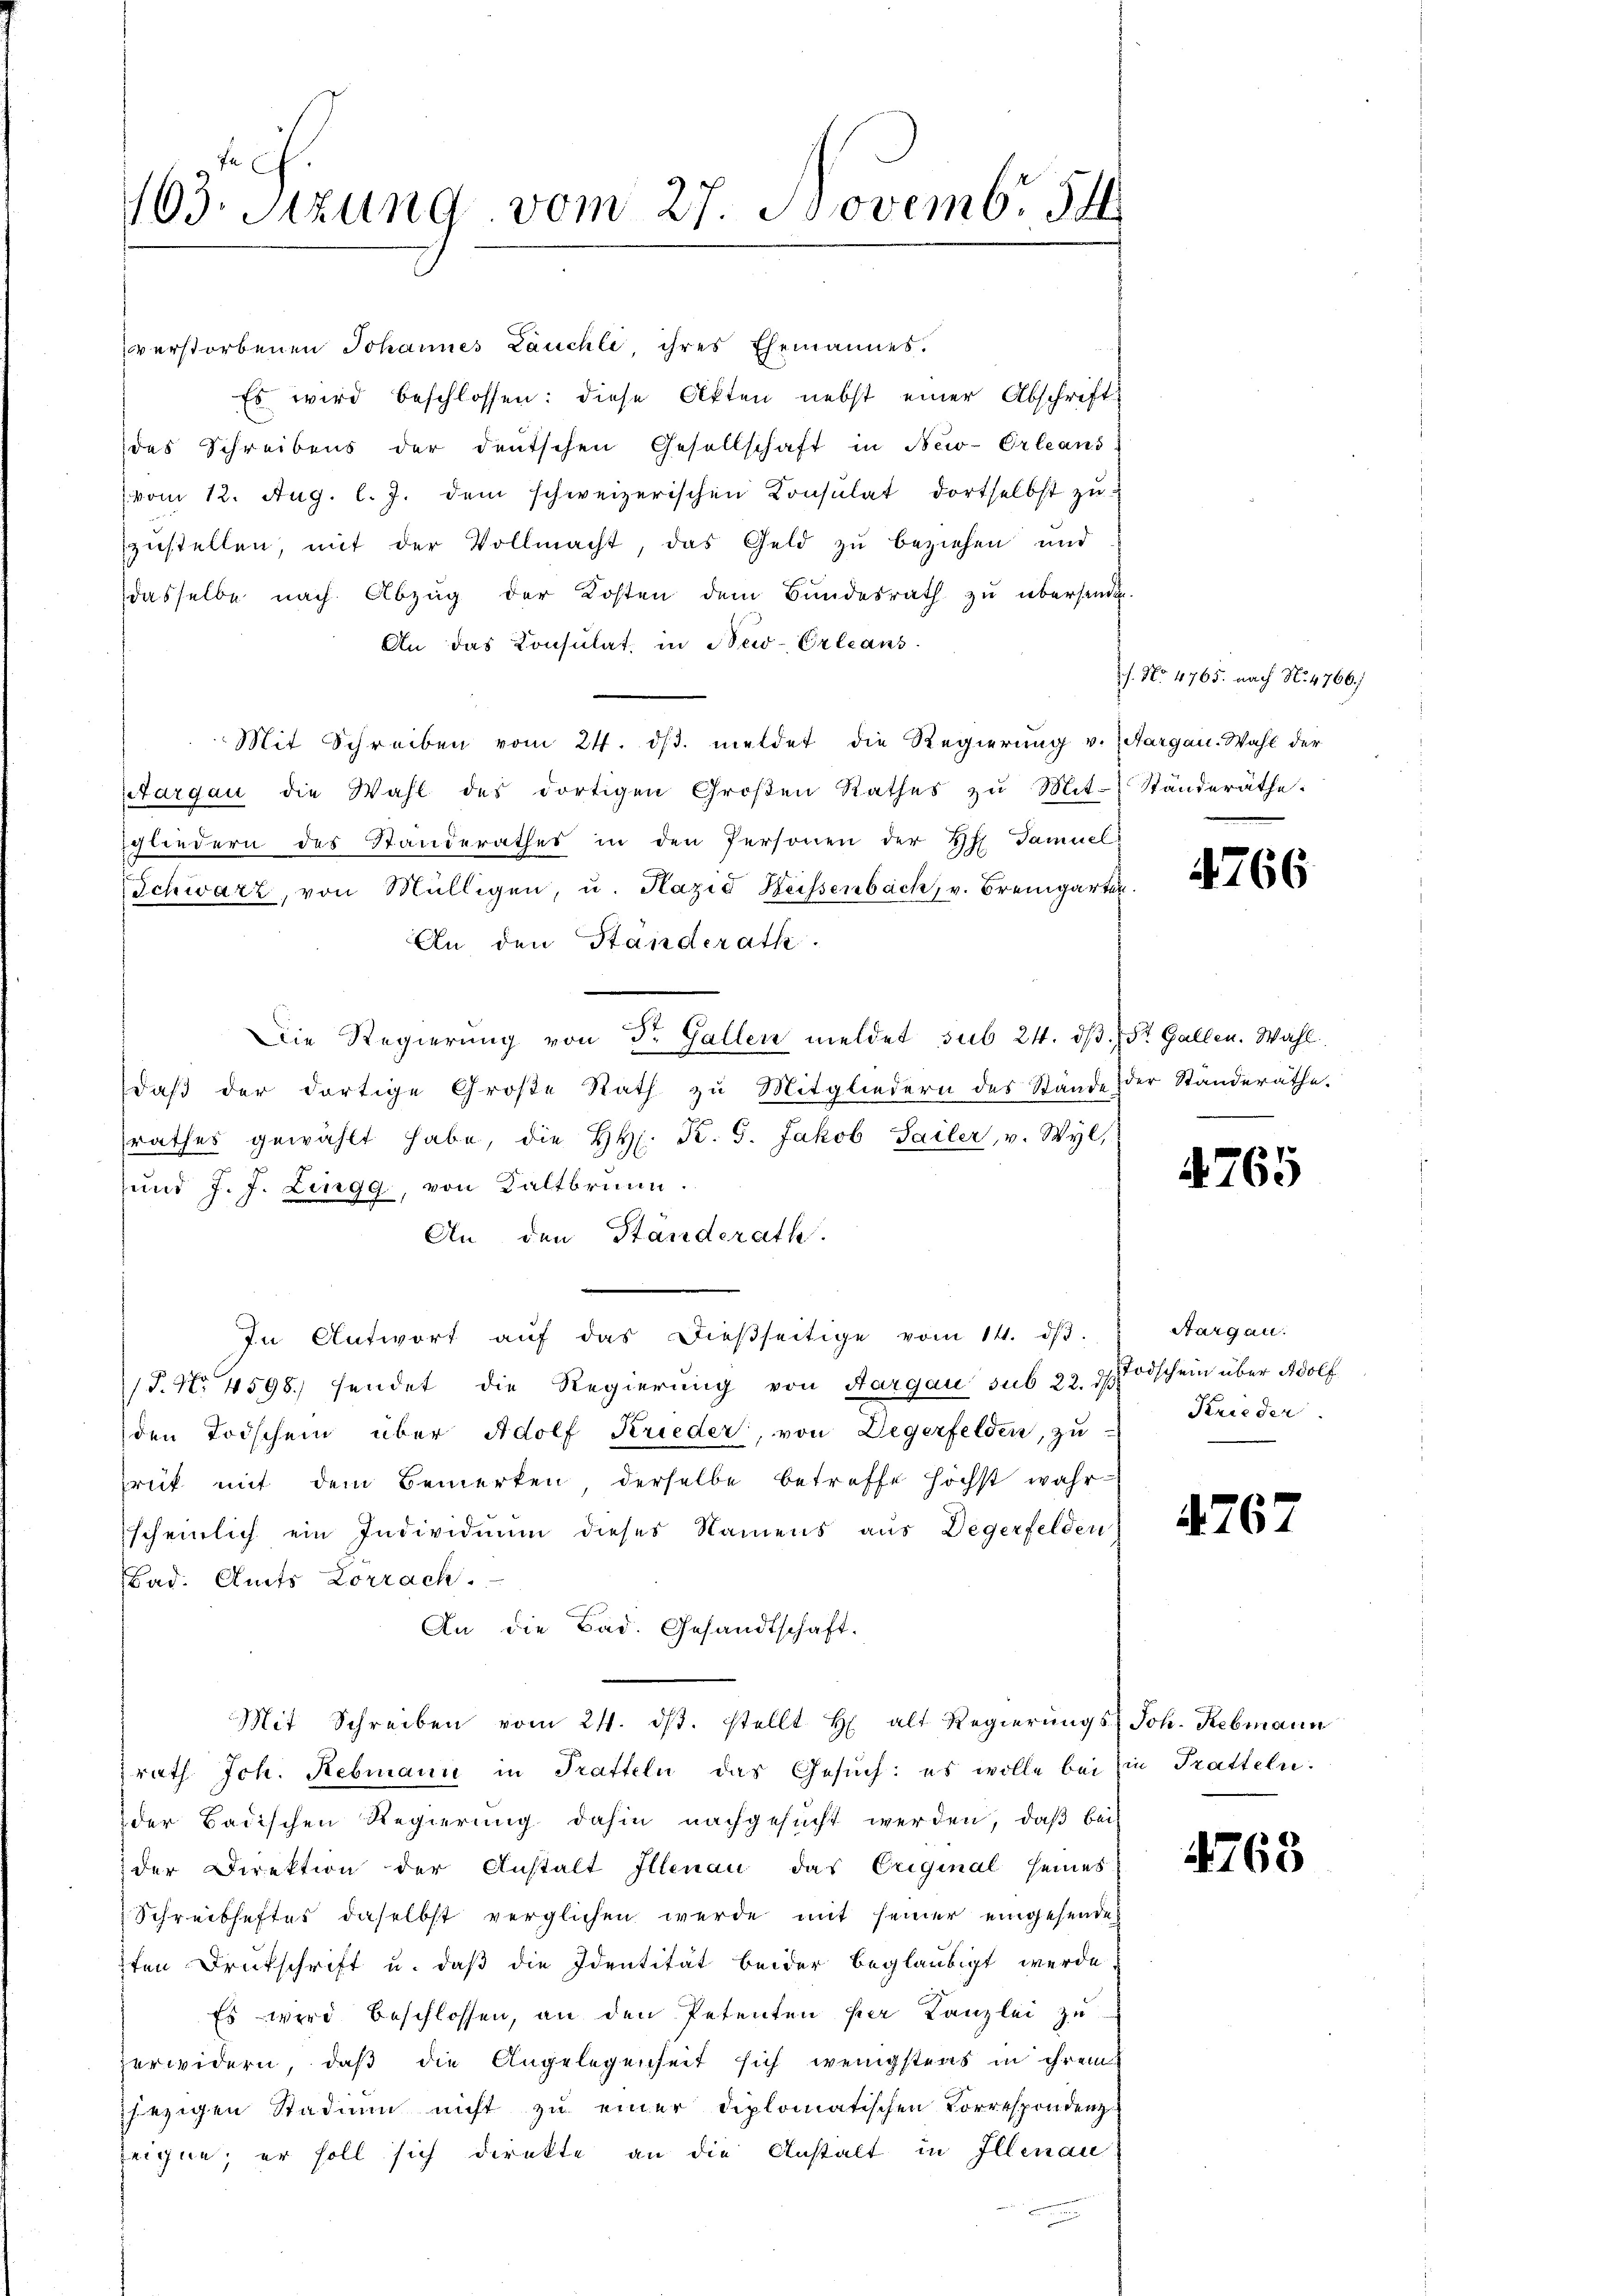
103. Sitzung vom 27. Novemb. 14

verstorbenen Johannes Lauchli ihres Ehemannes.
Es wird beschlossen: diese Akten nebst einer Abschriftdes Schreibens der deutschen Gesellschaft in New-Orleans
(vom 12. Aug. l. J. dem schweizerischen Consulat dortselbst zŭ
zustellen, mit der Vollmacht, das Geld zu beziehen und
dasselbe nach Abzug der Kosten dem Bundesrath zu übersende.
An das Konsulat, in New-Orleans
Mit Schreiben vom 24. ds. meldet die Regierung v. Aargau. Wahl der
Aargau die Wahl des dortigen Groβen Rathes zŭ Mit- Ständeräthe:
gliedern des Standerathes in den Personen der RG. Samuel
Schwarz, von Mülligen, u. Hazid Beissenbach, v. Bremgarten.
An den Ständerath.
Die Regierung von Dr. Gallen meldet sub 24. dβ. St. Gallen. Wahl
daβ der dortige Große Rath zu Mitgliedern des Stande der Standeräthe.
rathes gewählt habe, die HH. K. G. Jakob Sailer, v. Wyl,
und J. J. Lingg, von Kaltbrunn.
An den Ständerath
In Antwort aŭf das dießseitige vom 14. dβ.
P. Nr. 4598. sendet die Regierung von Aargau sub 22. Todschein über Adolf
den Todschein über Adolf Krieder, von Degerfelden, zu
rut mit dem Bemerken derselbe betreffe höchst wahr
scheinlich ein Individuum dieses Namens aus Degerfelden
Bad. Amts Lörrach.
An die Bad. Gesandtschaft.
Mit Schreiben vom 24. ds. stellt H. alt Regierŭngs- Joh. Rebmann
rath. Joh. Rebmann in Tratteln das Gesuch: es wolle bei Ein Tratteln.
der Badischen Regierung dahin nachgesucht werden, daß bei
der Direktion der Anstalt Illenau das Eriginal seines
 Schreibhaftes daselbst verglichen werde mit seiner eingehenden
sten Drukschrift u. daß die Identität beider beglaubigt werde
Es wird beschlossen, an den Petenten per Kanzlei zu
zerwidern, daß die Angelegenheit sich wenigstens in ihrem
jezigen Stadin nicht zŭ einer diplomatischen Korrespondenz
zeigen; er soll sich direkte an die Anstalt in Illenau

s. No 4765. nach No. 4766/

4766

4765

Aargau.
Krieder.

4767

4763